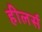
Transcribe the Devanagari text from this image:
हीलर्स